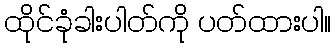
ထိုင်ခုံခါးပါတ်ကို ပတ်ထားပါ။